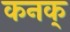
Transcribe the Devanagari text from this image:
कनक्